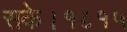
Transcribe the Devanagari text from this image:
सके।१८१५